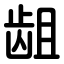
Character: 龃